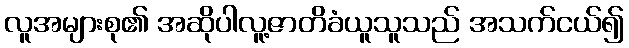
လူအများစု၏ အဆိုပါလူ့ဇာတိခံယူသူသည် အသက်ငယ်၍